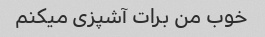
خوب من برات آشپزی میکنم